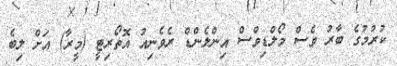
ކުރުމުގެ ބާރު ވެސް މޯލްޑިވްސް އިންލެންޑް ރެވެނިއު އޮތޯރިޓީ (މީރާ) އަށް ލިބެ